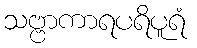
သဗ္ဗာကာရပရိပူရံ